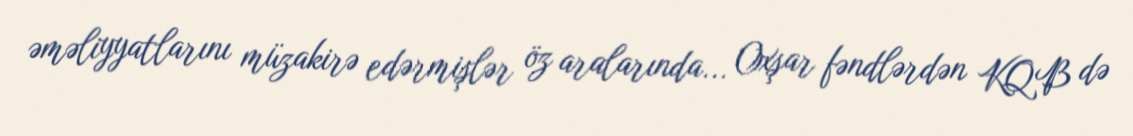
əməliyyatlarını müzakirə edərmişlər öz aralarında... Oxşar fəndlərdən KQB də